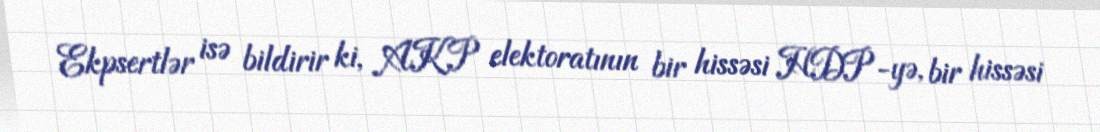
Ekpsertlər isə bildirir ki, AKP elektoratının bir hissəsi HDP-yə, bir hissəsi